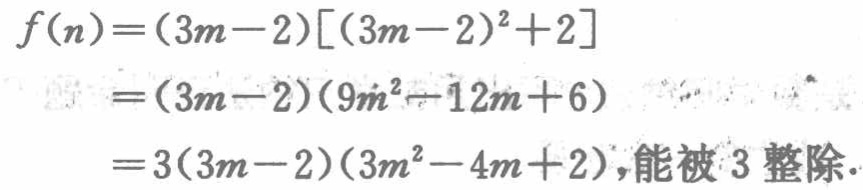
\[
\begin{align*}
f(n)&=(3m - 2)[(3m - 2)^2 + 2]\\
&=(3m - 2)(9m^2 - 12m + 6)\\
&=3(3m - 2)(3m^2 - 4m + 2),\text{能被 }3\text{ 整除}.
\end{align*}
\]